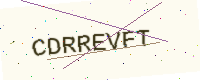
Text: CDRREVFT